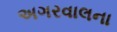
અગરવાલના